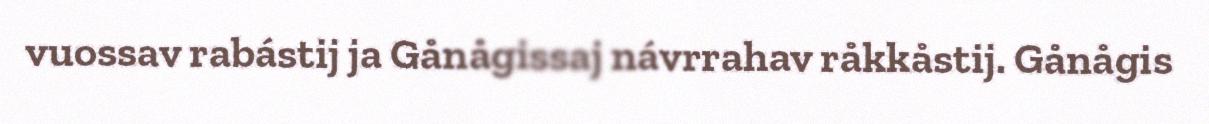
vuossav rabástij ja Gånågissaj návrrahav råkkåstij. Gånågis